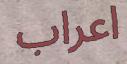
اعراب